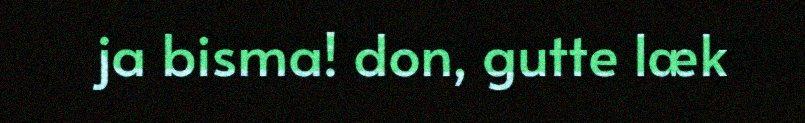
ja bisma! don, gutte læk